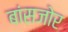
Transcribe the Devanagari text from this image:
बांसजोर